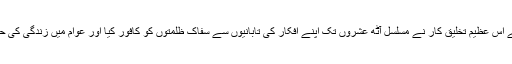
سادگی ،عجز و انکسار،حریت ضمیر سے جینے کے لیے اسوہء شبیر کو اپنانے والے اس عظیم تخلیق کار نے مسلسل آٹھ عشروں تک اپنے افکار کی تابانیوں سے سفاک ظلمتوں کو کافور کیا اور عوام میں زندگی کی حقیقی معنویت کے بارے میں مثبت شعور و آگہی پیدا کرنے کی مقدور بھر سعی کی۔